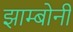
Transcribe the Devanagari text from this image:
झाम्बोनी